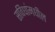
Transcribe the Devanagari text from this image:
सविधांमधील